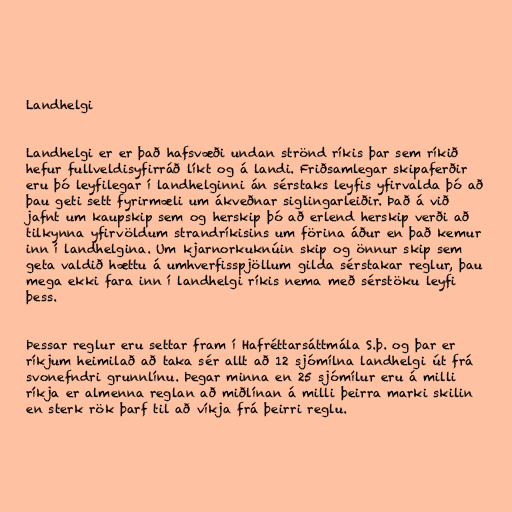
Landhelgi

Landhelgi er er það hafsvæði undan strönd ríkis þar sem ríkið
hefur fullveldisyfirráð líkt og á landi. Friðsamlegar skipaferðir
eru þó leyfilegar í landhelginni án sérstaks leyfis yfirvalda þó að
þau geti sett fyrirmæli um ákveðnar siglingarleiðir. Það á við
jafnt um kaupskip sem og herskip þó að erlend herskip verði að
tilkynna yfirvöldum strandríkisins um förina áður en það kemur
inn í landhelgina. Um kjarnorkuknúin skip og önnur skip sem
geta valdið hættu á umhverfisspjöllum gilda sérstakar reglur, þau
mega ekki fara inn í landhelgi ríkis nema með sérstöku leyfi
þess.

Þessar reglur eru settar fram í Hafréttarsáttmála S.þ. og þar er
ríkjum heimilað að taka sér allt að 12 sjómílna landhelgi út frá
svonefndri grunnlínu. Þegar minna en 25 sjómílur eru á milli
ríkja er almenna reglan að miðlínan á milli þeirra marki skilin
en sterk rök þarf til að víkja frá þeirri reglu.